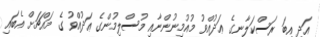
އަދި އިބަ ރަސްކަލާނގެ ޢަދުއްވު މުއުމިނުންނާއި މުސްލިމުންގެ ޢަދުއްވު ގެ މައްޗަށް އެބައި